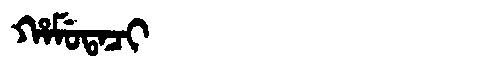
Manchu: ᡥᠠᠮᡠᡨᠠᠴᡳ
Romanization: HAMUTACI